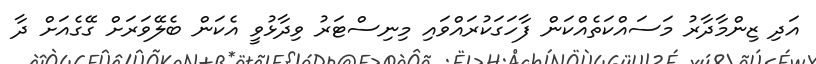
އަދި ޒިންމާދާރު މަސައްކަތެއްކަން ފާހަގަކުރައްވައި މިނިސްޓަރު ވިދާޅުވީ އެކަން ބެލޭވަރަށް ގޭގެއަށް ދާ